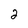
Character: 2